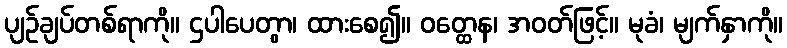
ပျဉ်ချပ်တစ်ရာကို။ ဌပါပေတွာ၊ ထားစေ၍။ ဝတ္ထေန၊ အဝတ်ဖြင့်။ မုခံ၊ မျက်နှာကို။